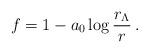
LaTeX: \begin{align*}f= 1 - a_0 \log\frac{r_\Lambda}{r} \,.\end{align*}